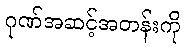
ဂုဏ်အဆင့်အတန်းကို